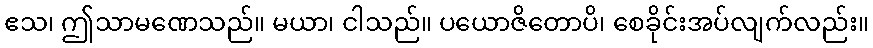
ဧသ၊ ဤသာမဏေသည်။ မယာ၊ ငါသည်။ ပယောဇိတောပိ၊ စေခိုင်းအပ်လျက်လည်း။